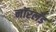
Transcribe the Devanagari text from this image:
नॉरलँड